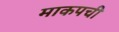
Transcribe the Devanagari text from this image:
माकपची